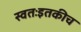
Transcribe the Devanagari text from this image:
स्वतःइतकीच